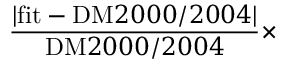
\frac { | \mathrm { f i t } - \mathrm { D M } 2 0 0 0 / 2 0 0 4 | } { \mathrm { D M } 2 0 0 0 / 2 0 0 4 } \times